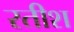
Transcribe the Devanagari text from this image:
रतीश